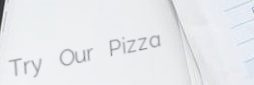
Try Our Pizza